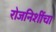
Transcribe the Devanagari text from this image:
रोजनिशींचा